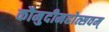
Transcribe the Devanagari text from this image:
कौमुदीमहोत्सवम्